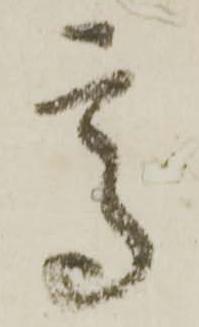
高